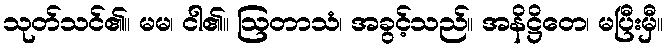
သုတ်သင်၏။ မမ၊ ငါ၏။ ဩတာသံ၊ အခွင့်သည်။ အနိဋ္ဌိတေ၊ မပြီးမှီ။